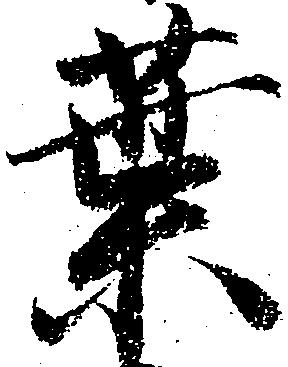
葉